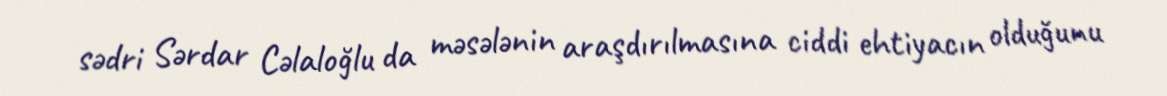
sədri Sərdar Cəlaloğlu da məsələnin araşdırılmasına ciddi ehtiyacın olduğunu